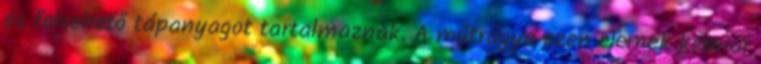
és felvehető tápanyagot tartalmaznak. A műtrágya ezen elemek kémiai